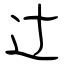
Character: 辻